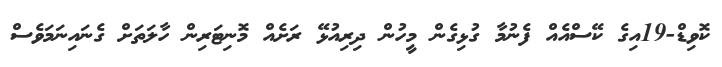
ކޮވިޑް-19އިގެ ކޭސްއެއް ފެނުމާ ގުޅިގެން މީހުން ދިރިއުޅޭ ރަށެއް މޮނިޓަރިން ހާލަތަށް ގެނައިނަމަވެސް